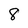
Character: 8